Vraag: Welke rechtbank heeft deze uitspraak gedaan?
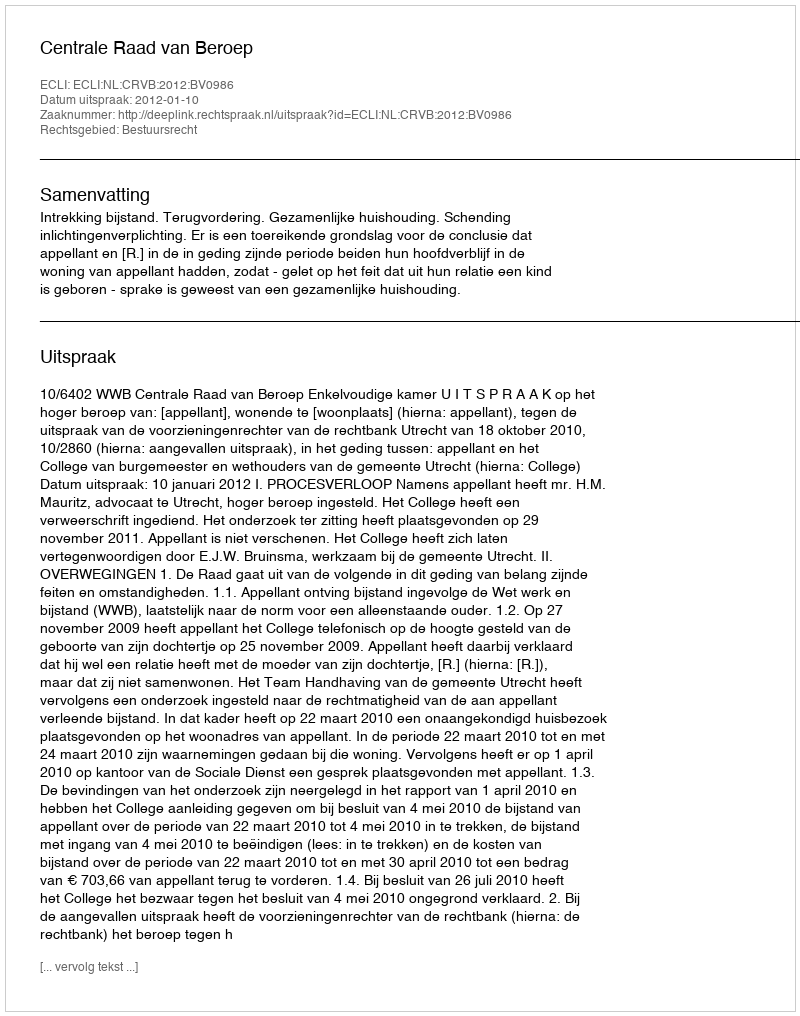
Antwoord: Centrale Raad van Beroep